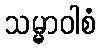
သမ္မာဝါစံ